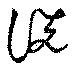
詵